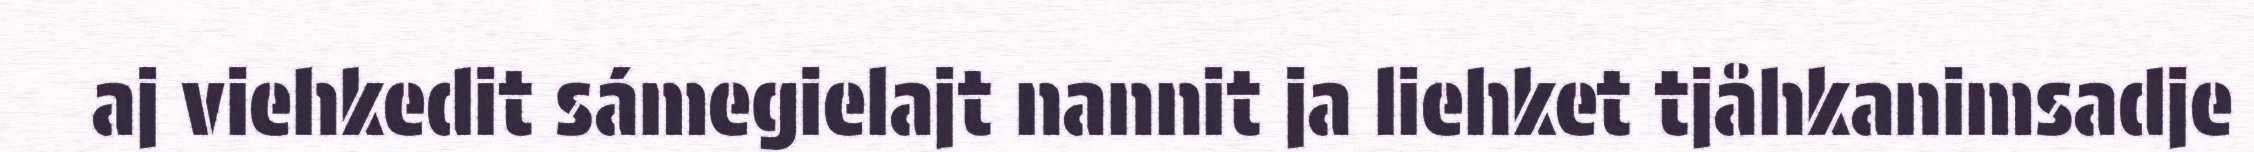
aj viehkedit sámegielajt nannit ja liehket tjåhkanimsadje